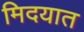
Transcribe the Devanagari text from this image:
मिदयात